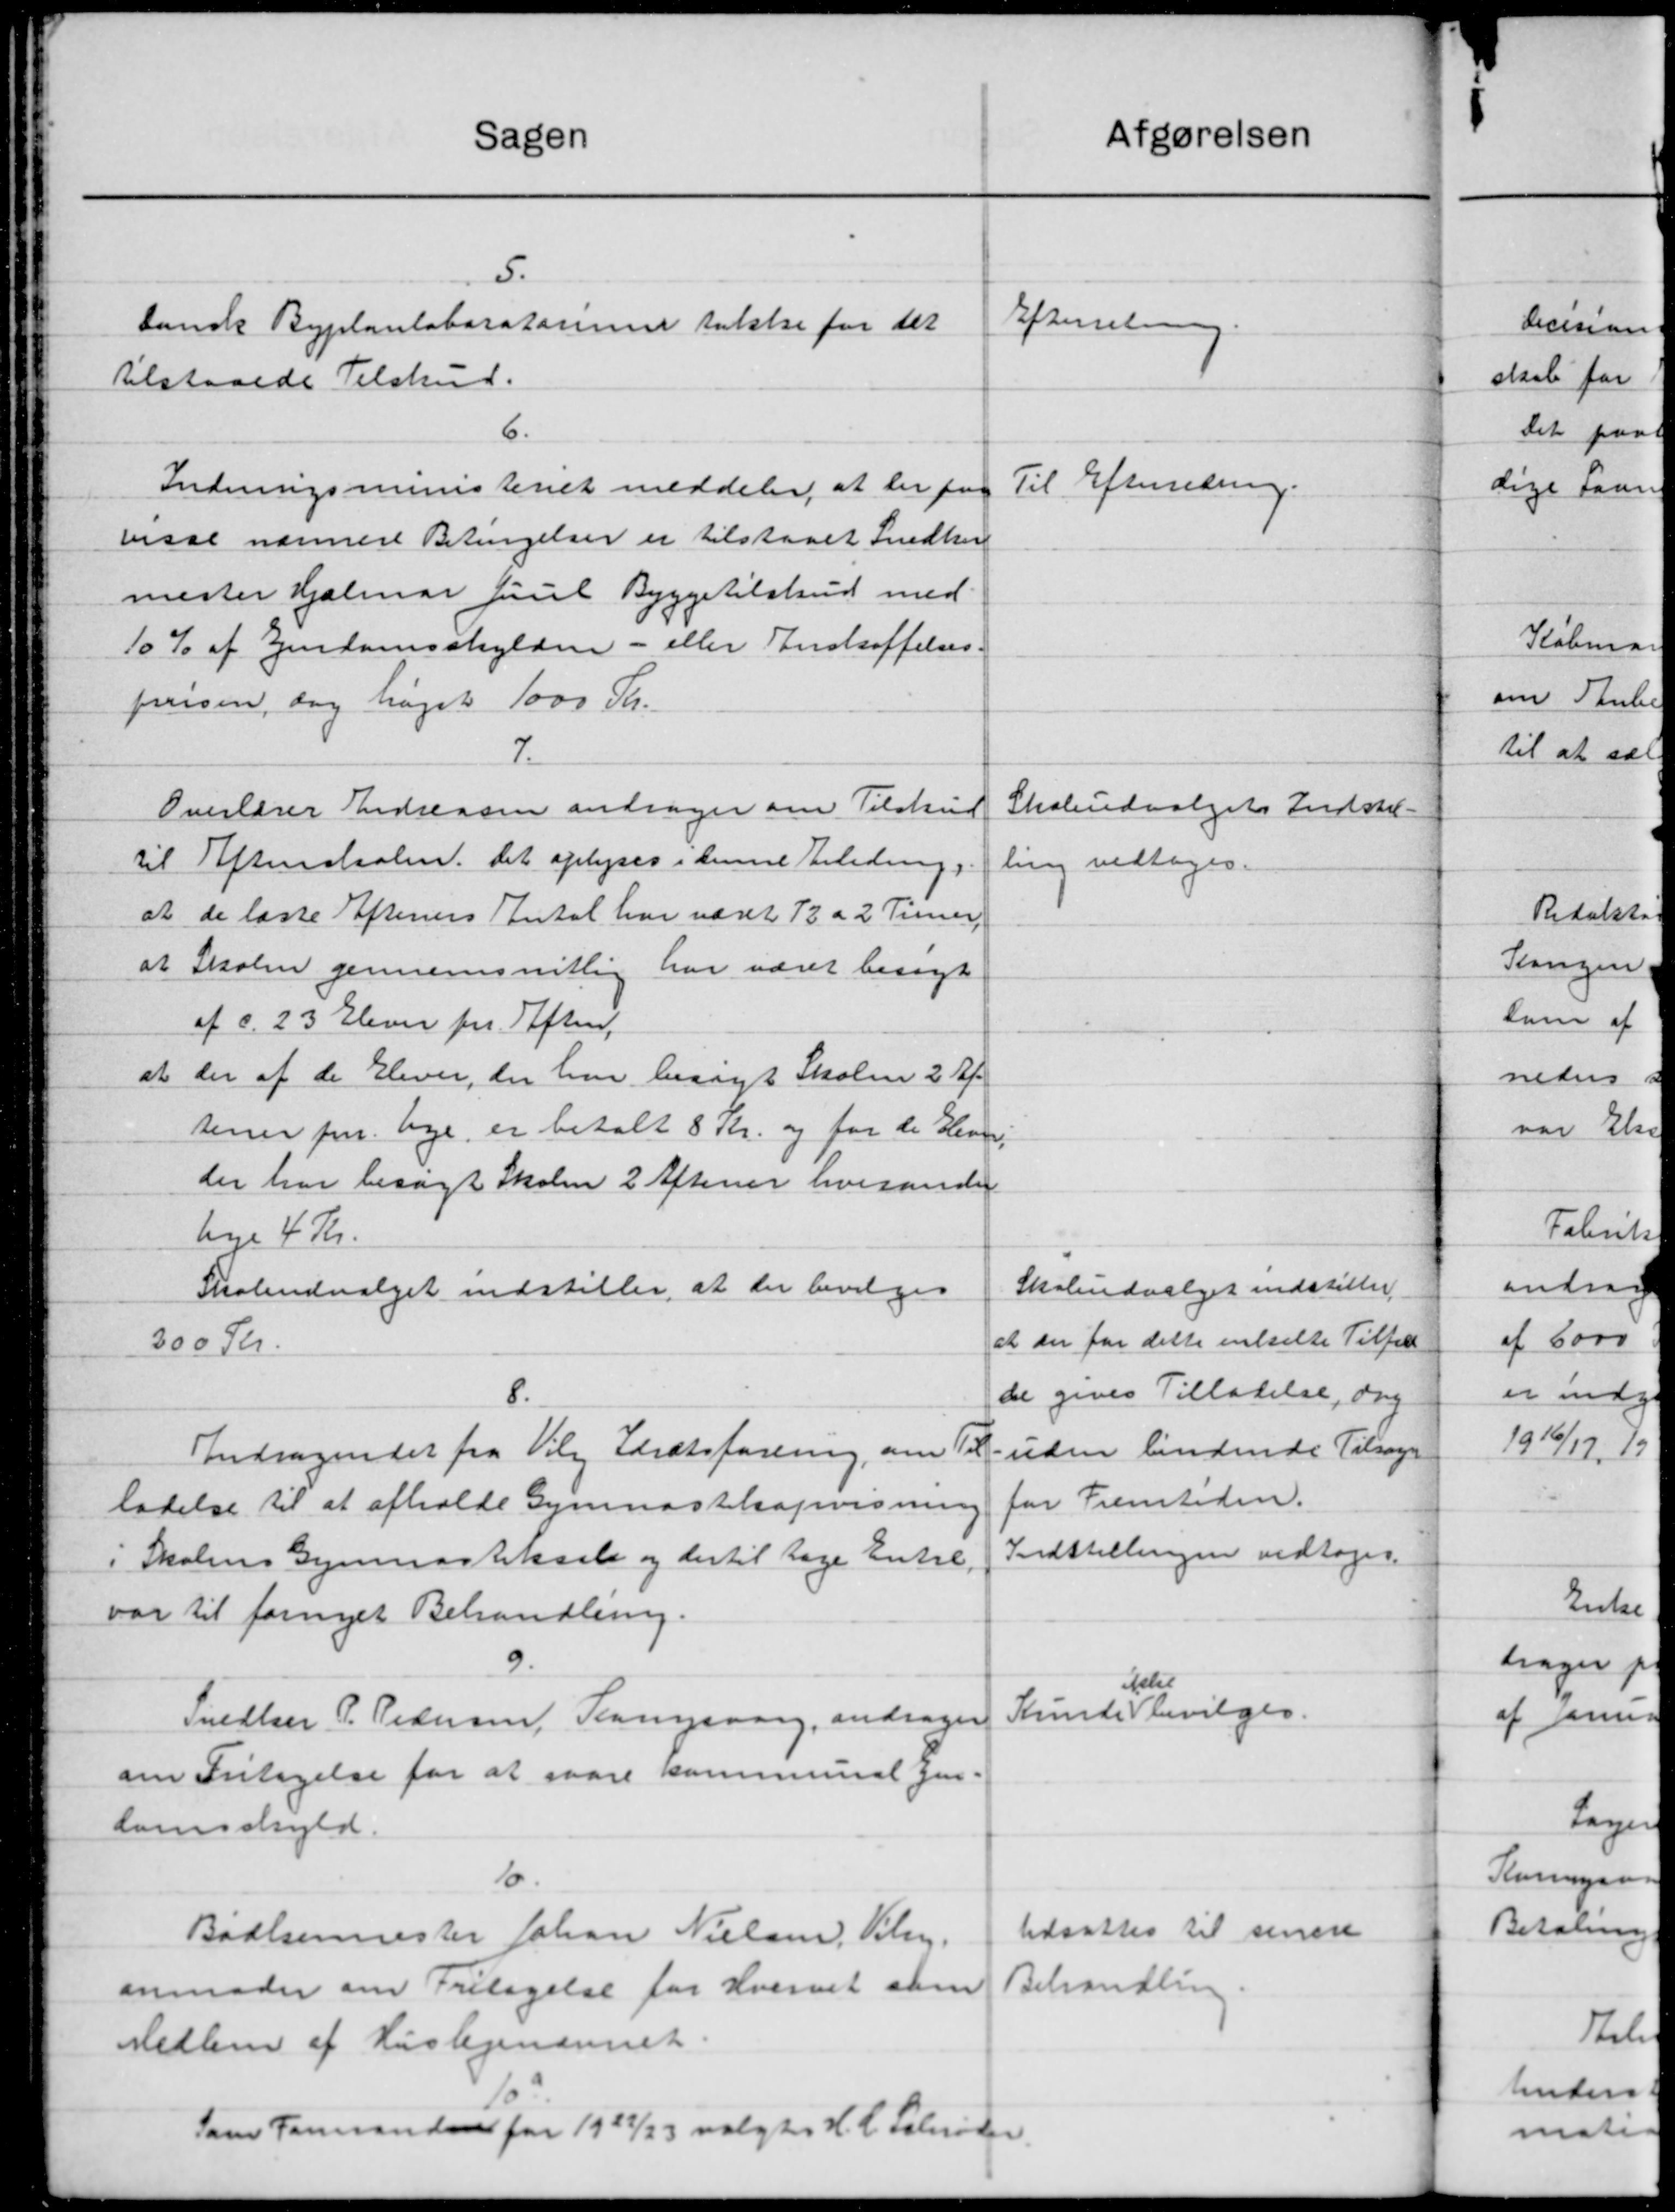
Transskription:
afgørelsen
Sagen
5.
Dansk Byplanlaboratommer takke for det
Efterretning
tilstaaede Tilskud.
6.
Til Efterretning.
Indenrigsministeriet meddeler, at der for
bisal nærmere Betingelser er tilstaaet Snedker
mester Hjalmar Juul Byggetilskud med
10 % af Ejendomsskylden - eller Anskaffelses-
prisen, dog højet 1000 Kr.
7.
Skoleudvalgets Indstil-
Overlærer Andreasen andrager om Tilskud
til Aftenskaben. Det oplyses i denne Anledning
ling vedtoges.
at de laste Eftersers Antal har været 12 a 2 Timer
at Skolen gennemsnitlig har været besøgt
af c. 23 Elever pr Aften,
at der af de Elever, der har besøgt Skolen 2 Af
tener pr. Uge, er betalt 8 Kr. og for de Elever
der har besøgt Skolen 2 Aftener hverandre
lye 4 Kr.
Skoleudvalget indstiller
Skoleudvalget indstiller, at der bevilges
at der for dette enkelte Tilfæld
200 Kr.
de gives Tilladelse, dog
8.
uden lindende Tilsagn
Andragendet fra Vilg Idrætsforening om Til
for Fremtiden.
ladelse til at afholde Gymnastikapvisning
Indstillingen vedtoges
i Skolens Gymnastiksale og dertil tage Entre
var til fornyet Behandling.
ikket
Kunde bevilges.
Snedker P. Pedersen, Plansborg, andrager
om Fritagelse for at svare kommunal gen-
domsskyld.
10.
Udsattes til senere
Bødkermester Johan Nielsen, Vilm.
Behandling
anmoder om Fritagelse for Hvervet sam
Medlem af Huslejenævnet.
Som Formanden for 1922/23 valgtes H. C. Schrøder.